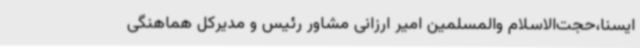
ایسنا،حجت‌الاسلام والمسلمین امیر ارزانی مشاور رئیس و مدیرکل هماهنگی